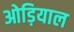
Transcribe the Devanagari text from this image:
ओड़ियाल